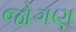
જોગણ